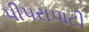
પીપરાપાટી